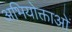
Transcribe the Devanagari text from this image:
अभियोक्ताओं